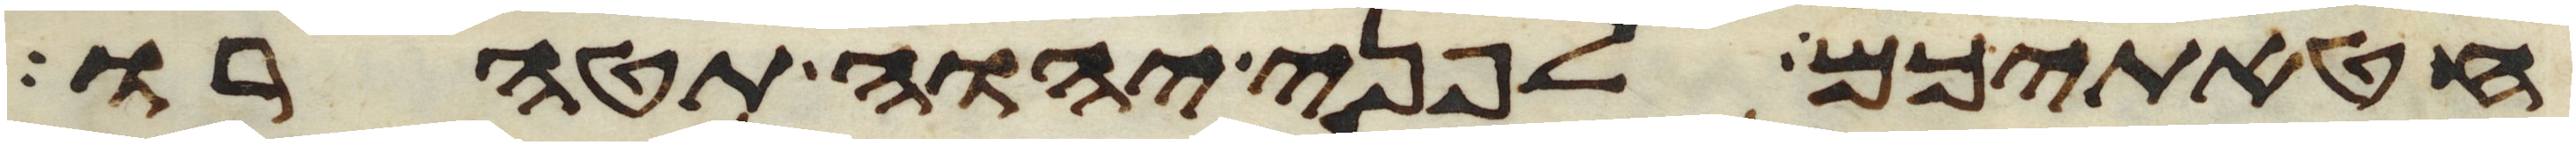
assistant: חטאתיכם לפני יהוה תטהרו